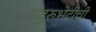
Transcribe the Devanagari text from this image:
सद्गुरुभेटीची